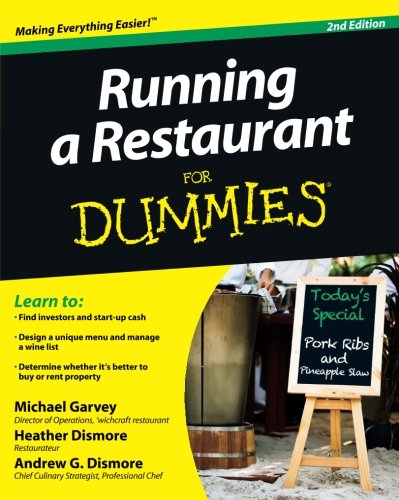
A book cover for Running a Restaurant For Dummies; Michael Garvey; Cookbooks, Food & Wine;